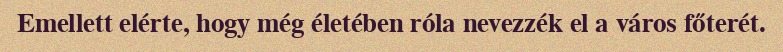
Emellett elérte, hogy még életében róla nevezzék el a város főterét.